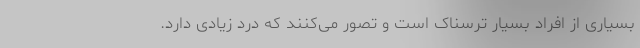
بسیاری از افراد بسیار ترسناک است و تصور می‌کنند که درد زیادی دارد.